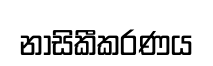
නාසිකීකරණය